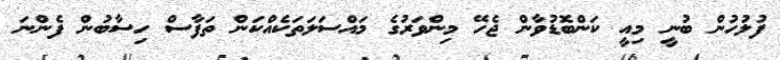
ފުލުހުން ބުނީ މިއީ ކަންބޮޑުވާން ޖެހޭ މިންވަރުގެ މައްސަލަތަކެއްކަން ތަފާސް ހިސާބުން ފެންނަ